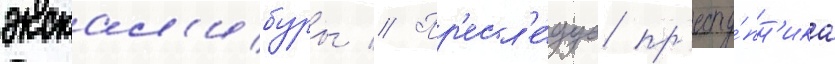
экскал'ибуры // Пр'есл'е́дуа пр'есту́пн'ика